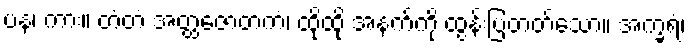
ပန၊ ကား။ တံတံ အတ္ထဇောတကံ၊ ထိုထို အနက်ကို ထွန်းပြတတ်သော။ အက္ခရံ၊